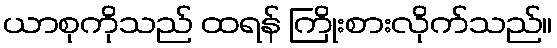
ယာစုကိုသည် ထရန် ကြိုးစားလိုက်သည်။